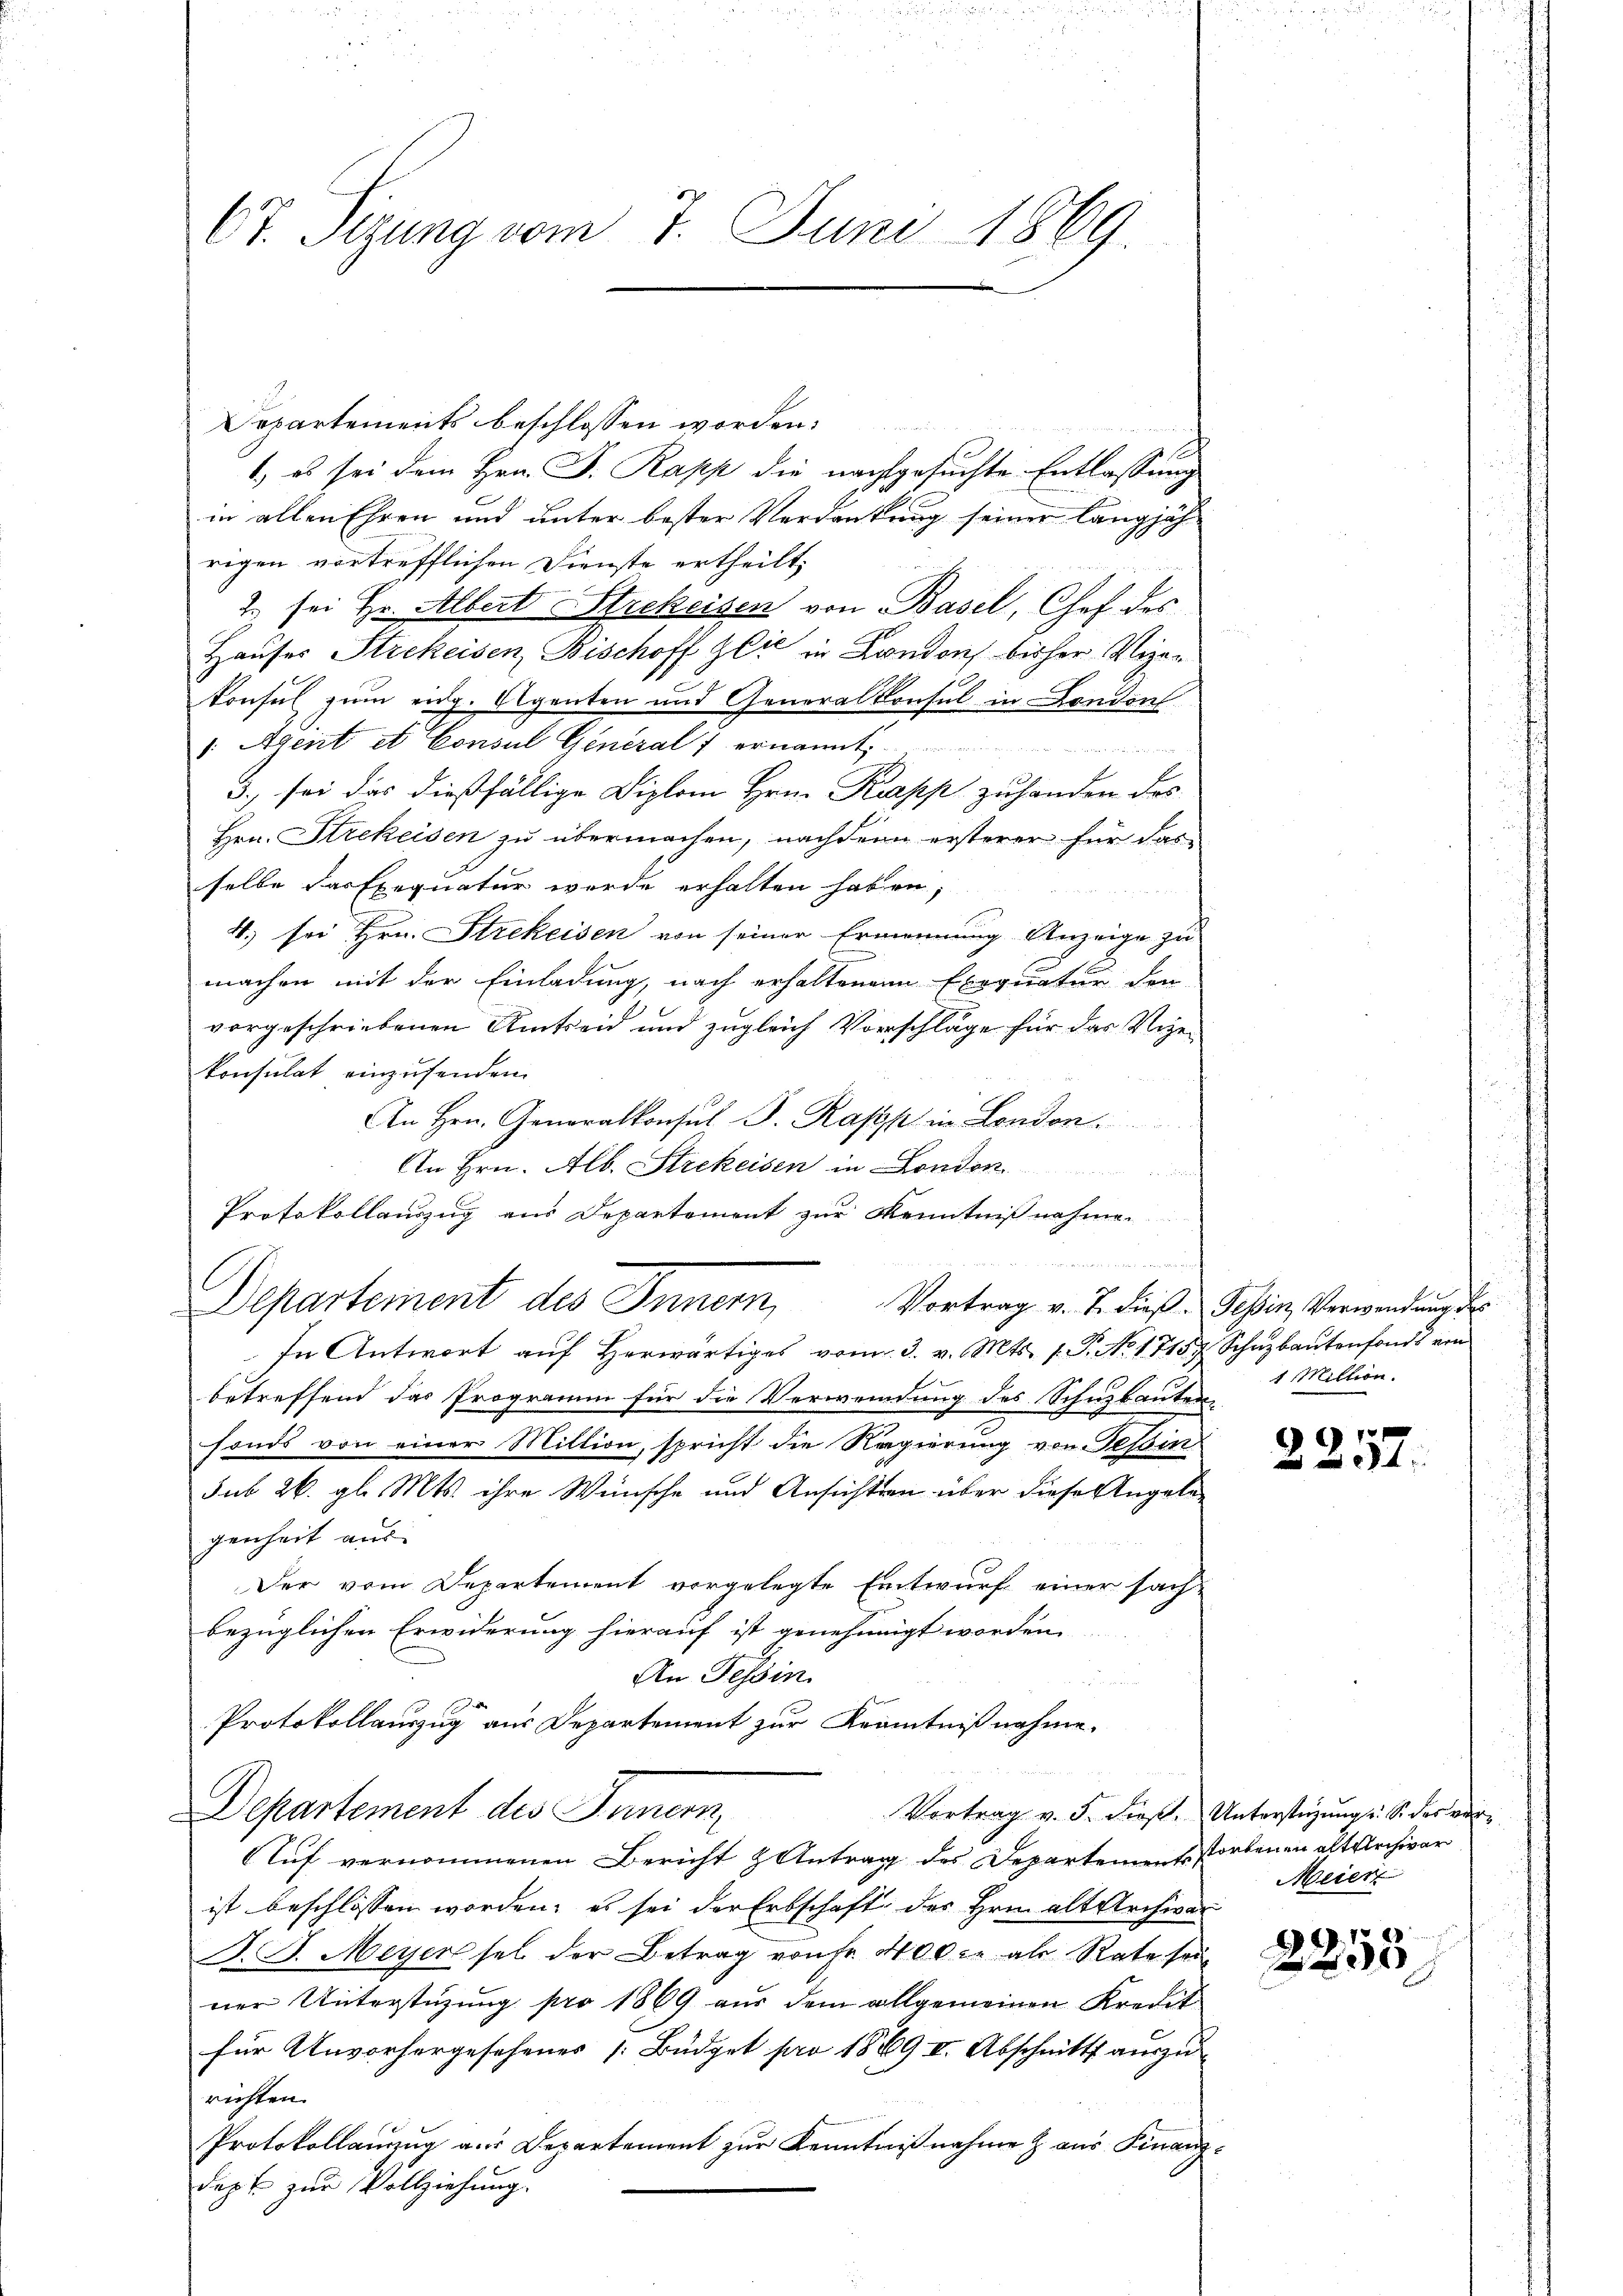
Ct. Sizung vom 7. Juni 1869.

Departements beschlossen worden.
1.) es sei dem Hrn. F. Rapp die nachgesuchte Entlassung
in allen Ehren und unter bester Verdankung seiner langjährigen vortrefflichen Dienste ertheilt,
2. sei Hr. Albert Strekeisen von Basel, Chef des
Hauses Strekeisen, Bischoff Zlić in London bisher Vizekonsul zum eidg. Agenten und Generalkonsul in Condon
1: Agent et Consul General f ernannt
3.) sei das dießfällige Diplom Hrn. Knapp zuhander des
Hrn. Strekeisen zu übermachen, nachdem ersterer für das
selbe das Exequatur werde erhalten haben,
4. sei Hrn. Strekeisen von seiner Ernennung Anzeige zu
machen mit der Einladung, nach erhaltenen Exequatur den
E
vorgeschriebenen Amtseid und zugleich Vorschläge für das Vizekonsulat einzusenden.
An Hrn. Generalkonsul S. Rasyk in London.
An Hrn. Alb. Strekeisen in London
Protokollauszug aus Departement zur Kenntnißnahmen
n wollen
Departement des Innern,
Vortrag v. J. dieß. Tessin, Verwendung des
In Antwort aŭf herwärtiges vom 3. v. Mts. 1. P. No. 17157 Schŭbaŭtenfonds von
betreffend das Programm für die Verwendung des Schuzbauten
fonds von einer Mittion, spricht die Regierung von Tessin
sub 26. gl. Mts. ihre Wünsche und Ansichten über diese Angelegenheit aus
Der vom Departement vorgelegte Entwurf einer sachbezüglichen Erwiderung hierauf ist genehmigt worden.
An Tessin.
Protokollauszug aus Departement zur Kenntnißnahme.
Departement des Innern
Vortrag v. J. dieß. Unterstüzung s. S. des ver-
Auf vernommenen Bericht & Antrag des Departement storbenen alterchivar
ist beschlossen worden, es sei der Erbschaft des Hrnn altbachwar
F. J. Meyer sel der Betrag von Fr. 400 c. als Rata sei
ner Unterstüzung pro 1869 aus dem allgemeinen Kredit
für Unvorhergesehenes [Büdget pro 1889 I. Abschnitt auszurichten.
Protokollanung aus Departement zur Kenntnißnahme & aus Finanz-
dept zur Vollziehung.

1 Millin.

f
221.

Meier

4
2230